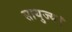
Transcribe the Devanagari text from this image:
सायुज्य।